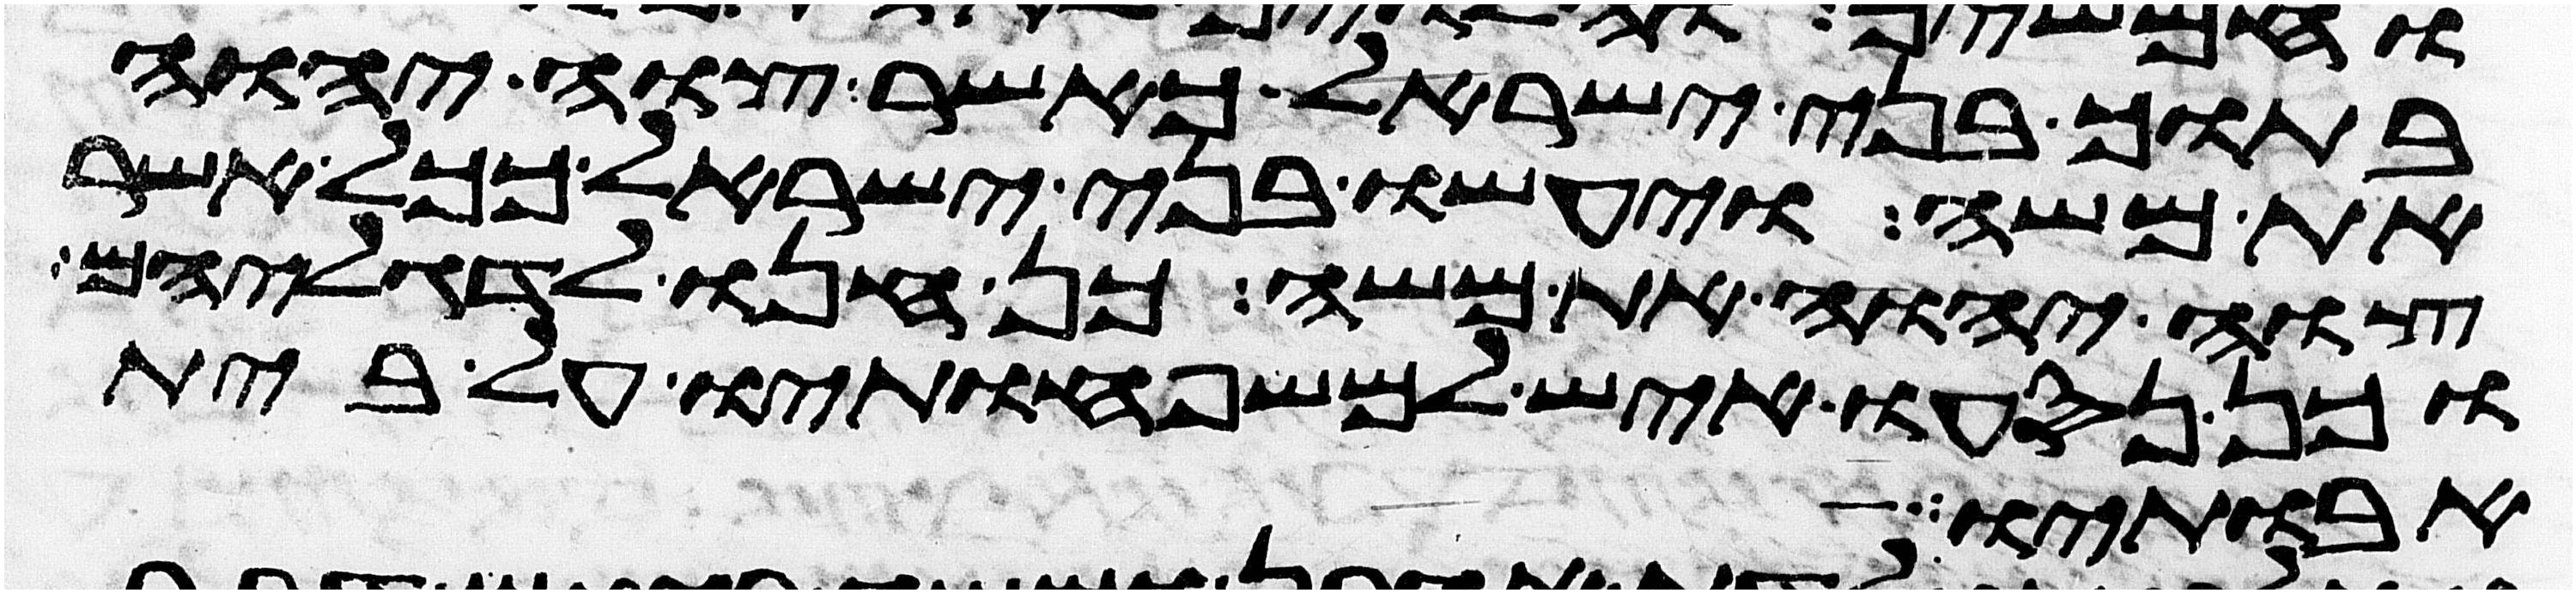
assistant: בתוך בני ישראל כאשר צוה יהוה
את משה ויעשו בני ישראל ככל אשר
צוה יהוה את משה כן חנו לדגליהם
וכן נסעו איש למשפחותיו על בית
אבותיו